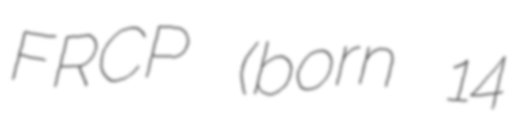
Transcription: FRCP (born 14